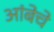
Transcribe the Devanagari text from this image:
आंबेचे